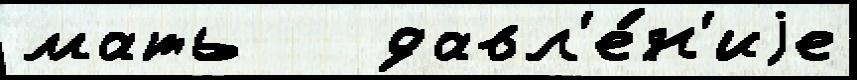
мать   давл'е́н'иjе